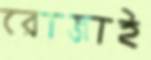
রোজাই